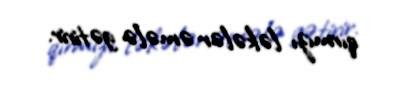
qırmızı ləkələr əmələ gətirir.